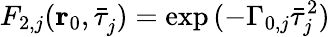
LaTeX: F_{2,j}(\mathbf{r}_{0},\bar{\tau}_{j}^{})=\exp{(-\Gamma_{0,j}\bar{\tau}_{j}^{2}})